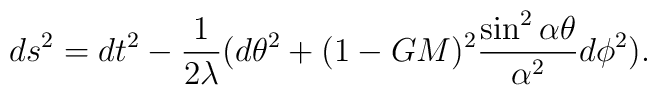
ds^{2}=dt^{2}-\frac{1}{2 \lambda}(d \theta^{2}+(1-GM)^2\frac{\sin^{2}\alpha\theta}{\alpha^{2}}d\phi^{2}).